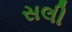
સલી